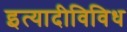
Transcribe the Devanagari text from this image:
इत्यादीविविध